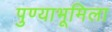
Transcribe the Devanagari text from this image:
पुण्याभूमिला